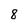
Character: 8